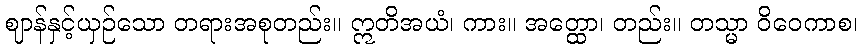
ဈာန်နှင့်ယှဉ်သော တရားအစုတည်း။ ဣတိအယံ၊ ကား။ အတ္ထော၊ တည်း။ တသ္မာ ဝိဝေကာစ၊